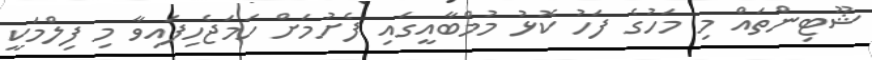
ޝޫޓިންތައް މި މަހުގެ ފަހު ކޮޅު މުމްބާއީގައި ފެށުމަށް ހަމަޖެހިފައިވާ މި ފިލްމަކީ